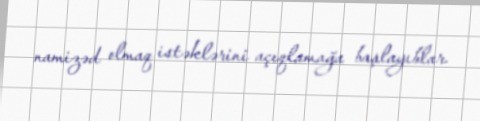
namizəd olmaq istəklərini açıqlamağa başlayıblar.